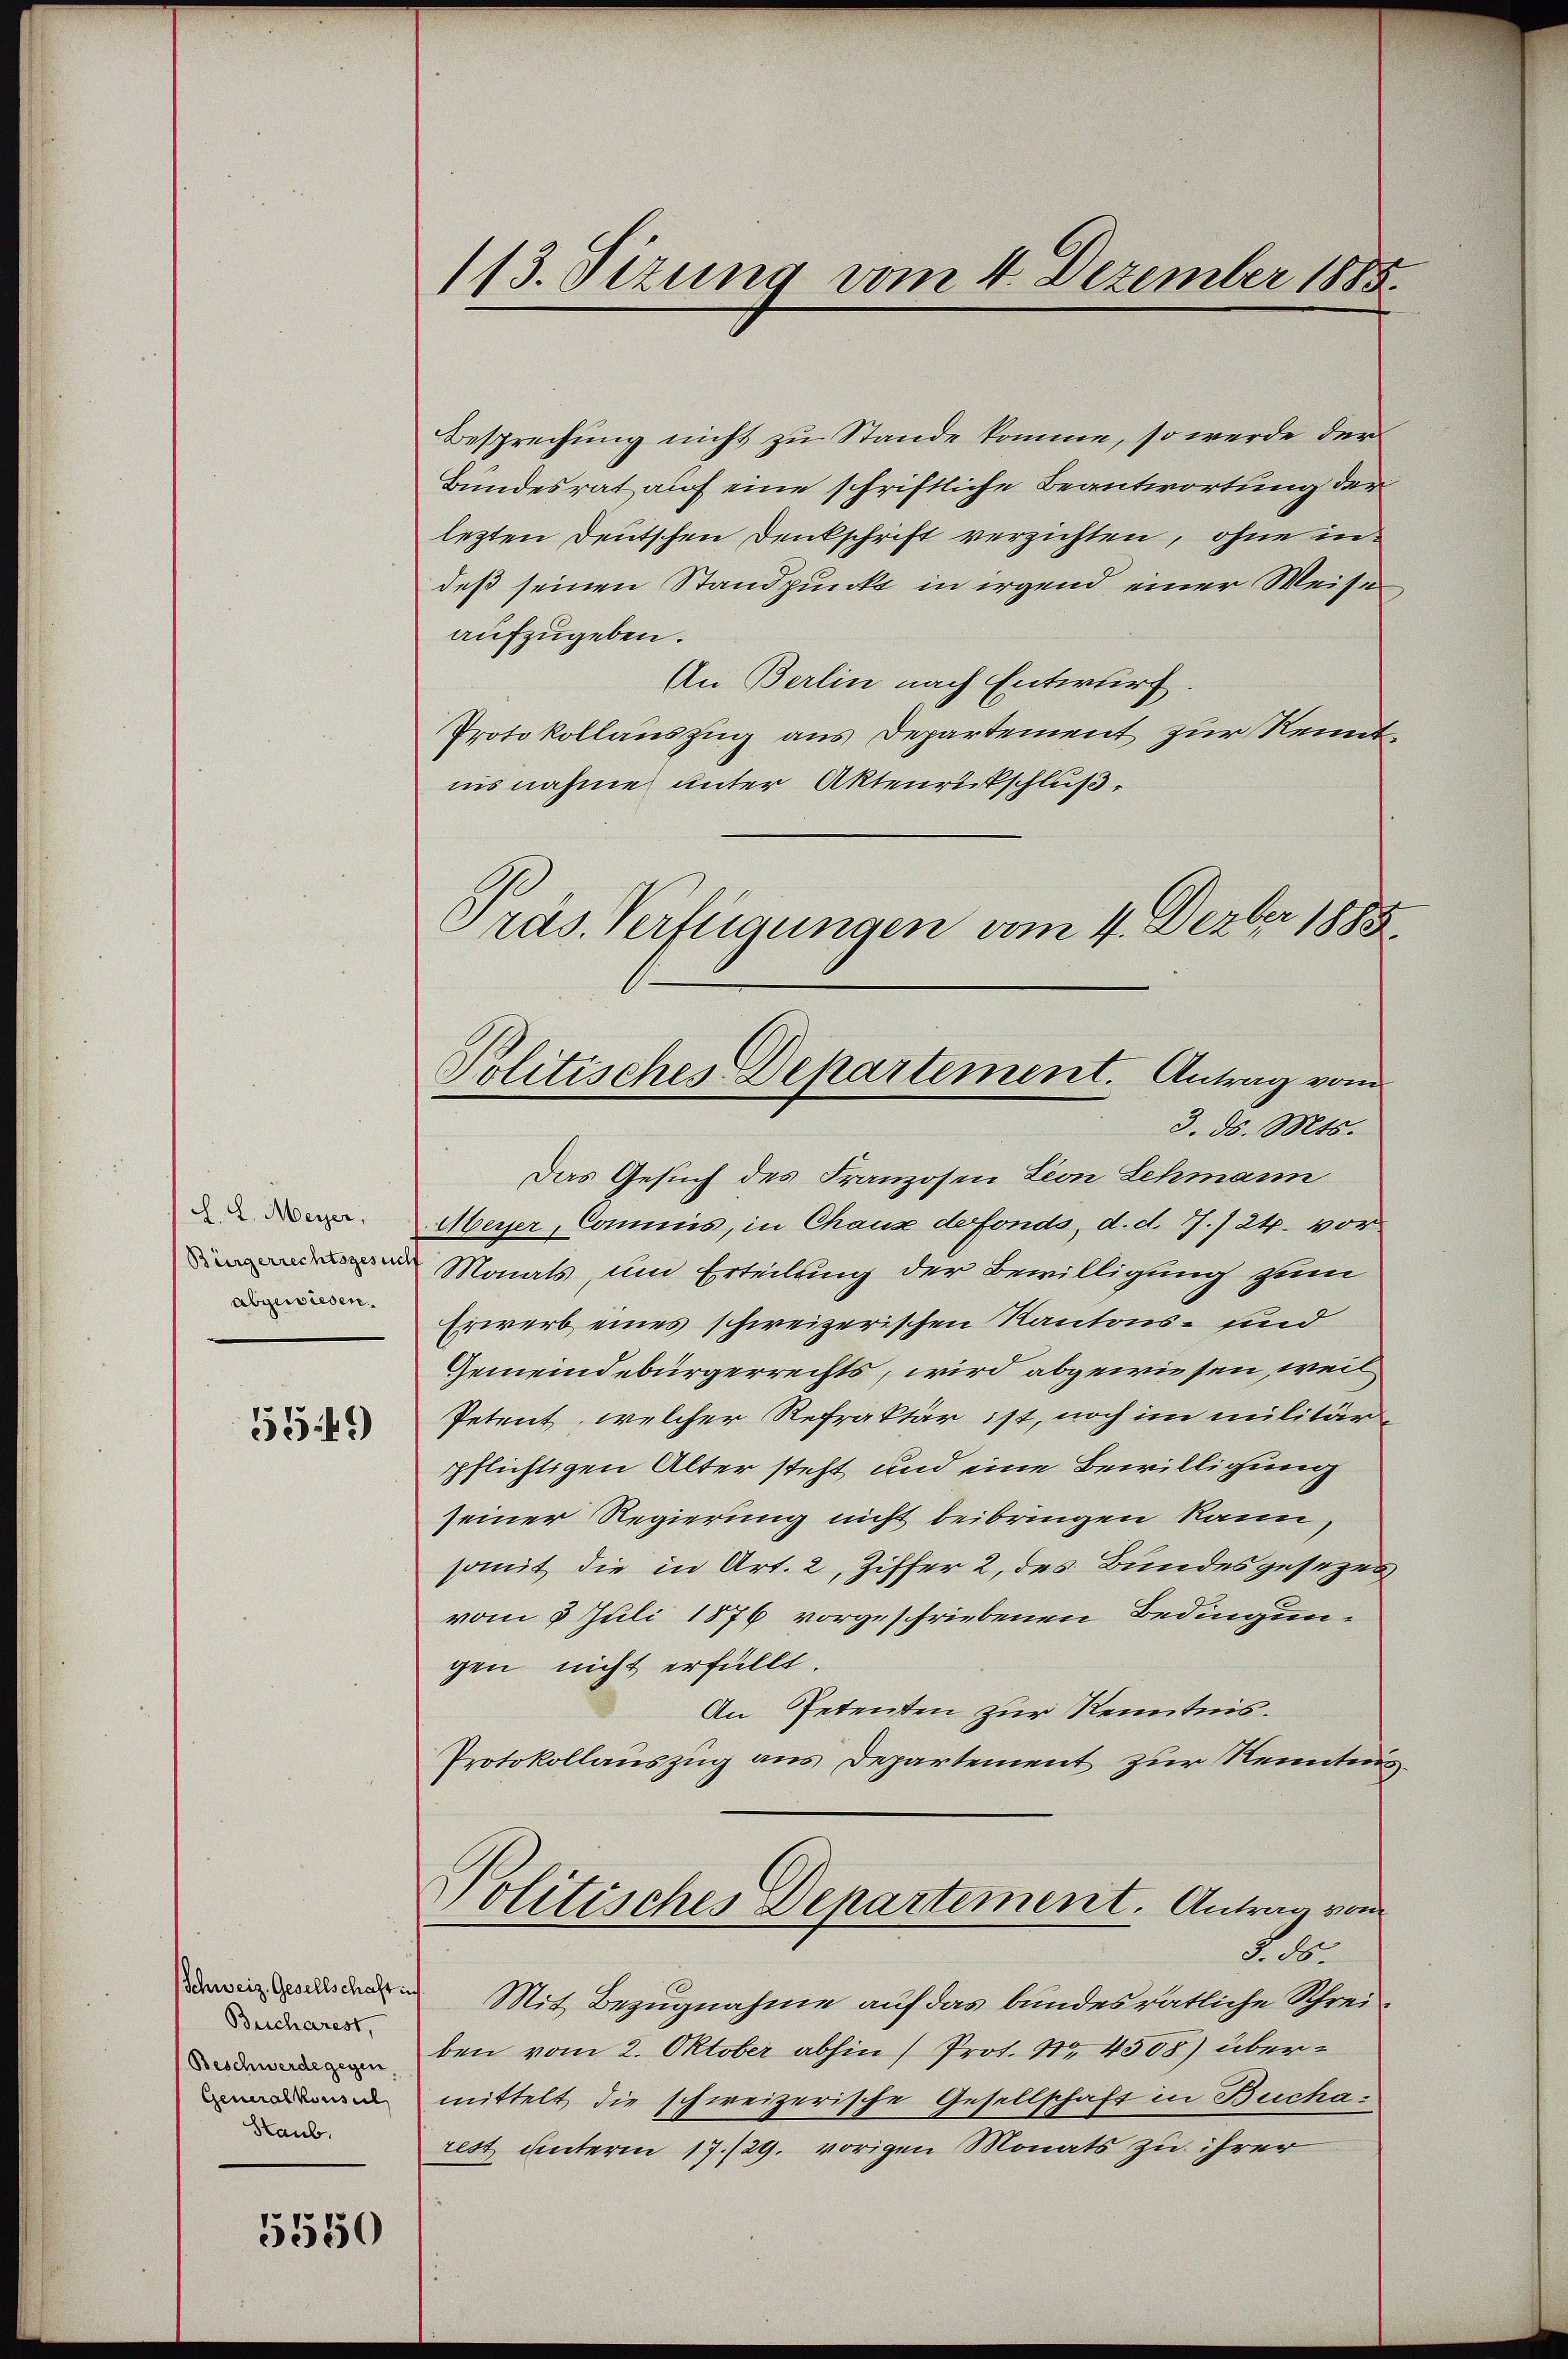
L. L. Meyer,
(Bürgerrechtsgesuch
abgewiesen.

514)

Schweiz. Gesellschaft in
Bucharest,
Beschwerde gegen.
Generalkonsul
Staub.

5550

Besprechung nicht zu Stande komme, so werde der
Bundesrat auf eine schriftliche Beantwortung der
lezten Deutschen Denkschrift verzichten, ohne indeß seinen Standpunkt in irgend einer Weise,
aufzugeben.
An Berlin nach Entwurf.
Protokollauszug aus Departement zur Kenntnisnahme unter Aktenrückschluß,
Präs. Verfügungen vom 4. Dezbr 1888

113. Sizung vom 4. Dezember 1885.

Politisches Departement. Antrag vom
3. ds. Mts.

Das Gesuch des Franzosen Leon Lehmann
Meyer, Commis, in Chause defonds, d. d. 17./24. vor
Monats, um Erteilung der Bewilligung zum
Erwerb eines schweizerischen Kantons- und
Gemeindebürgerrechts, wird abgewiesen, weil
Petent, welcher Refraktär ist, noch im militärpflichtigen Alter steht und eine Bewilligung
seiner Regierung nicht beibringen kann,
somit die in Art. 2, Ziffer 2, des Bundesgesezes
vom 5 Juli 1876 vorgeschriebenen Bedingun-
gen nicht erfüllt.
An Petenten zur Kenntnis.
Protokollauszug aus Departement zur Rennten.
Politisches Departement. Antrag vom
No
Mit Bezugnahme auf das bundesrätliche Schreiben vom 2. Oktober abhin (Prot. Nr. 4508) übermittelt, die schweizerische Gesellschaft in Bucha
rest unterm 17./29. vorigen Monats zu ihrer